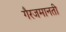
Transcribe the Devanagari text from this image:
गैरजमानती